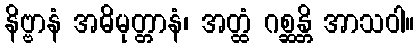
နိဗ္ဗာနံ အဓိမုတ္တာနံ၊ အတ္ထံ ဂစ္ဆန္တိ အာသဝါ။